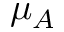
\mu _ { A }